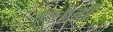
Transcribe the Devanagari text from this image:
२२९वाँ